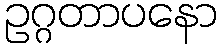
ဥဂ္ဂတာပနော